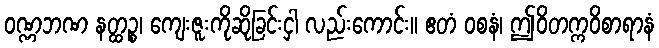
ဝဏ္ဏဘဏ နတ္ထဉ္စ၊ ကျေးဇူးကိုဆိုခြင်းငှါ လည်းကောင်း။ ဧတံ ဝစနံ၊ ဤဝိတက္ကဝိစာရာနံ